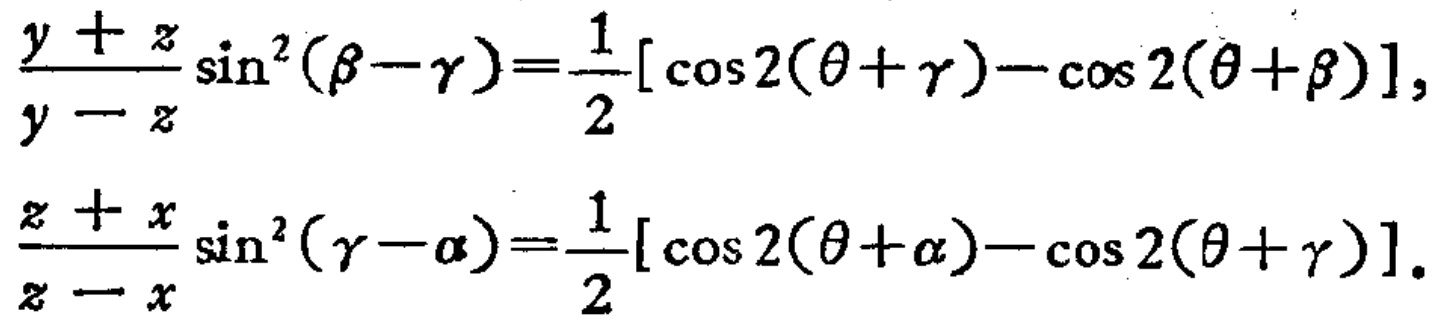
\[\frac{y + z}{y - z}\sin^{2}(\beta-\gamma)=\frac{1}{2}[\cos 2(\theta+\gamma)-\cos 2(\theta+\beta)],\]

\[\frac{z + x}{z - x}\sin^{2}(\gamma-\alpha)=\frac{1}{2}[\cos 2(\theta+\alpha)-\cos 2(\theta+\gamma)].\]